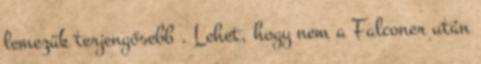
lemezük terjengősebb . Lehet, hogy nem a Falconer után